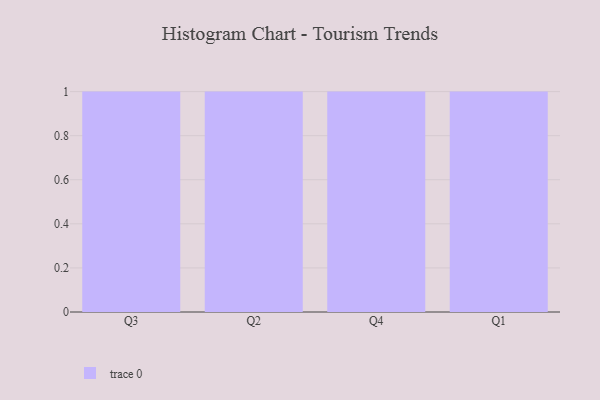
{"axis": {"x": "Quarter", "y": "Active Users"}, "legend": [""], "data": [{"x": "Q3", "y": 78, "type": ""}, {"x": "Q2", "y": 67, "type": ""}, {"x": "Q4", "y": 14, "type": ""}, {"x": "Q1", "y": 41, "type": ""}]}